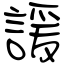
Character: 諼